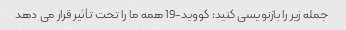
جمله زیر را بازنویسی کنید: کووید-19 همه ما را تحت تأثیر قرار می دهد